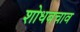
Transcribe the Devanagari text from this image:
शोधबचाव